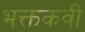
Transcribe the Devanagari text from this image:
भक्तकवी